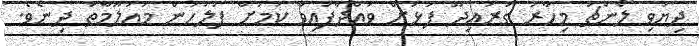
ދިޔަވި ލޯންޗު މިހާރު ގުރައިދޫ ފަޅަށް ވައްދާފައިވާ ކަމަށް ފުލުހުން މައުލޫމާތު ދިނެވެ.